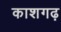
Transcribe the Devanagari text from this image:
काशगढ़